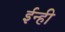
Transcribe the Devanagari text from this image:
ईन्ही